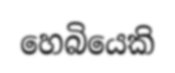
හෙබියෙකි